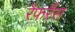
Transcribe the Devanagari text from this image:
रैफरैंस